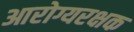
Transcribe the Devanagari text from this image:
आरोग्यरक्षक